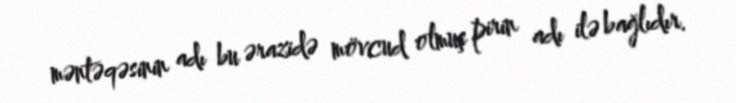
məntəqəsinin adı bu ərazidə mövcud olmuş pirin adı ilə bağlıdır.